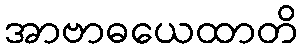
အာဗာဓယေထာတိ